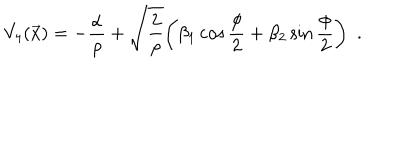
V _ { 4 } ( \vec { x } ) = - { \frac { \alpha } { \rho } } + \sqrt { \frac { 2 } { \rho } } \bigg ( \beta _ { 1 } \cos { \frac { \phi } { 2 } } + \beta _ { 2 } \sin { \frac { \phi } { 2 } } \bigg ) \enspace .